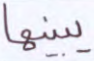
يبينها